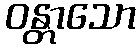
ဝန္တာသော